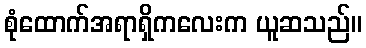
စုံထောက်အရာရှိကလေးက ယူဆသည်။